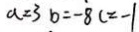
a = 3 b = - 8 c = - 1